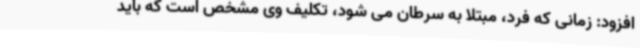
افزود: زمانی که فرد، مبتلا به سرطان می شود، تکلیف وی مشخص است که باید